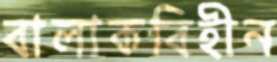
বালাকবিহীন